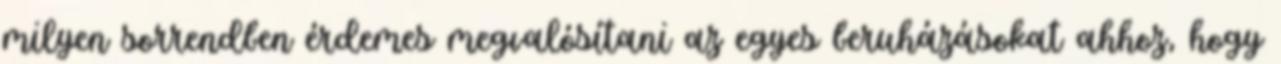
milyen sorrendben érdemes megvalósítani az egyes beruházásokat ahhoz, hogy